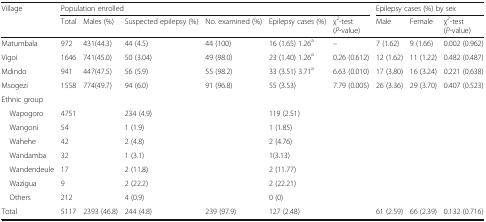
<table><thead><tr><td rowspan="2"><b>Village</b></td><td colspan="6"><b>Population enrolled</b></td><td colspan="3"><b>Epilepsy cases (%) by sex</b></td></tr><tr><td><b>Total</b></td><td><b>Males (%)</b></td><td><b>Suspected epilepsy (%)</b></td><td><b>No. examined (%)</b></td><td><b>Epilepsy cases (%)</b></td><td><b>χ<sup><i>2</i></sup>-test (<i>P</i>-value)</b></td><td><b>Male</b></td><td><b>Female</b></td><td><b>χ<sup><i>2</i></sup>-test (<i>P</i>-value)</b></td></tr></thead><tbody><tr><td>Matumbala</td><td>972</td><td>431(44.3)</td><td>44 (4.5)</td><td>44 (100)</td><td>16 (1.65) 1.26<sup>a</sup></td><td>–</td><td>7 (1.62)</td><td>9 (1.66)</td><td>0.002 (0.962)</td></tr><tr><td>Vigoi</td><td>1646</td><td>741(45.0)</td><td>50 (3.04)</td><td>49 (98.0)</td><td>23 (1.40) 1.26<sup>a</sup></td><td>0.26 (0.612)</td><td>12 (1.62)</td><td>11 (1.22)</td><td>0.482 (0.487)</td></tr><tr><td>Mdindo</td><td>941</td><td>447(47.5)</td><td>56 (5.9)</td><td>55 (98.2)</td><td>33 (3.51) 3.71<sup>a</sup></td><td>6.63 (0.010)</td><td>17 (3.80)</td><td>16 (3.24)</td><td>0.221 (0.638)</td></tr><tr><td>Msogezi</td><td>1558</td><td>774(49.7)</td><td>94 (6.0)</td><td>91 (96.8)</td><td>55 (3.53)</td><td>7.79 (0.005)</td><td>26 (3.36)</td><td>29 (3.70)</td><td>0.407 (0.523)</td></tr><tr><td colspan="10">Ethnic group</td></tr><tr><td> Wapogoro</td><td>4751</td><td></td><td>234 (4.9)</td><td></td><td>119 (2.51)</td><td></td><td></td><td></td><td></td></tr><tr><td> Wangoni</td><td>54</td><td></td><td>1 (1.9)</td><td></td><td>1 (1.85)</td><td></td><td></td><td></td><td></td></tr><tr><td> Wahehe</td><td>42</td><td></td><td>2 (4.8)</td><td></td><td>2 (4.76)</td><td></td><td></td><td></td><td></td></tr><tr><td> Wandamba</td><td>32</td><td></td><td>1 (3.1)</td><td></td><td>1(3.13)</td><td></td><td></td><td></td><td></td></tr><tr><td> Wandendeule</td><td>17</td><td></td><td>2 (11.8)</td><td></td><td>2 (11.77)</td><td></td><td></td><td></td><td></td></tr><tr><td> Wazigua</td><td>9</td><td></td><td>2 (22.2)</td><td></td><td>2 (22.21)</td><td></td><td></td><td></td><td></td></tr><tr><td> Others</td><td>212</td><td></td><td>4 (0.9)</td><td></td><td>0 (0)</td><td></td><td></td><td></td><td></td></tr><tr><td>Total</td><td>5117</td><td>2393 (46.8)</td><td>244 (4.8)</td><td>239 (97.9)</td><td>127 (2.48)</td><td></td><td>61 (2.59)</td><td>66 (2.39)</td><td>0.132 (0.716)</td></tr></tbody></table>